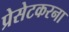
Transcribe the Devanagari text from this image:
प्रेसेटकरना